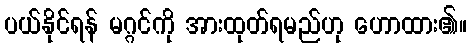
ပယ်နိုင်ရန် မဂ္ဂင်ကို အားထုတ်ရမည်ဟု ဟောထား၏။